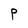
Character: p